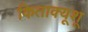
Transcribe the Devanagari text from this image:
किताक्यूशू